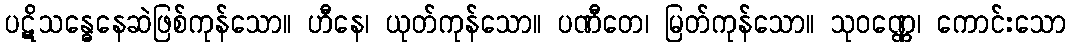
ပဋိသန္ဓေနေဆဲဖြစ်ကုန်သော။ ဟီနေ၊ ယုတ်ကုန်သော။ ပဏီတေ၊ မြတ်ကုန်သော။ သုဝဏ္ဏေ၊ ကောင်းသော